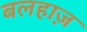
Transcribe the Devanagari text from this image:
बलहाज़